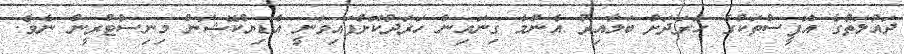
ދައުލަތުގެ އޮފީސްތަކުގެ ހަރަދަށް ބަލާއިރު އެންމެ ގިނައިން ހަރަދުކޮށްފައިވަނީ އެޑިޔުކޭޝަން މިނިސްޓްރީން ނެވެ.